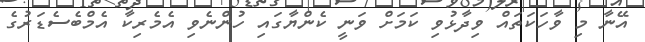
އޭނާ މި ވާހަކަތައް ވިދާޅުވި ކަމަށް ވަނީ ކެންޔާގައި ހުންނެވި އެމެރިކާ އެމްބެސެޑަރުގެ